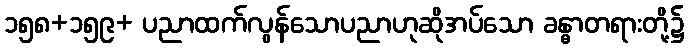
၁၅၈+၁၅၉+ ပညာထက်လွန်သောပညာဟုဆိုအပ်သော ခန္ဓာတရားတို့၌